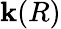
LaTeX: \mathbf{k}(R)